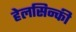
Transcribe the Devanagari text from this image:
हेलसिन्की